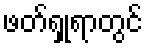
ဖတ်ရှုရာတွင်